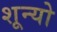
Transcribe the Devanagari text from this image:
शून्यो